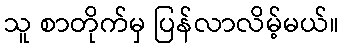
သူ စာတိုက်မှ ပြန်လာလိမ့်မယ်။